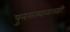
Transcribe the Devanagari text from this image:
पुनरुत्थानासही